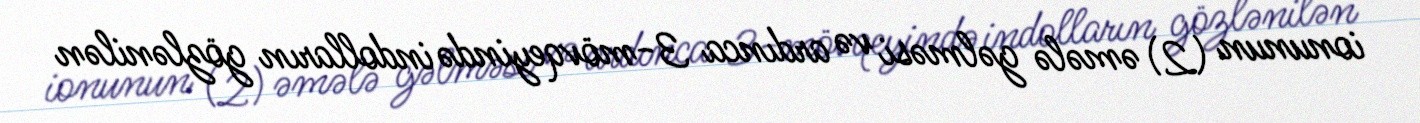
ionunun (2) əmələ gəlməsi və ardınca 3-mövqeyində indolların gözlənilən